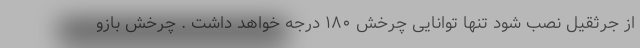
از جرثقیل نصب شود تنها توانایی چرخش ۱۸۰ درجه خواهد داشت . چرخش بازو